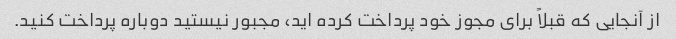
از آنجایی که قبلاً برای مجوز خود پرداخت کرده اید، مجبور نیستید دوباره پرداخت کنید.